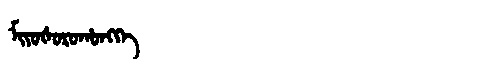
Manchu: ᠮᡳᠶᠣᡧᠣᡵᠣᡥᠣᠩᡤᡝ
Romanization: MIYOŠOROHONGGE